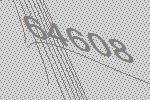
64608